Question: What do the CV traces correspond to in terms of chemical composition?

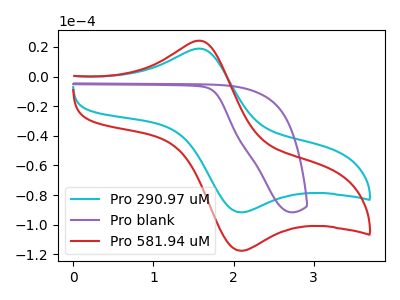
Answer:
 <answer>The cyan curve is labeled "Pro 290.97 uM". The purple curve is labeled "Pro blank". The red curve is labeled "Pro 581.94 uM".</answer>
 <eval></eval>